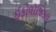
ઈકોલૉજિકલ